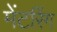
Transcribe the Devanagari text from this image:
मेंटरिंग